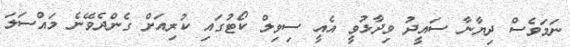
ނަމަވެސް ދިޔާނާ ސައީދު ވިދާޅުވީ އެއީ ސިވިލް ކޯޓުގައި ކުރިއަށް ގެންދެވޭނެ މައްސަލަ